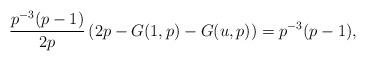
LaTeX: \begin{align*} \frac{p^{-3}(p-1)}{2p} \left(2p - G(1,p) - G(u,p) \right) = p^{-3}(p-1),\end{align*}